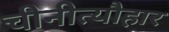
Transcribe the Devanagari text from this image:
चीनीत्यौहार